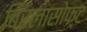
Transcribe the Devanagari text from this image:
बिरलासोफ्ट